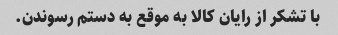
با تشکر از رایان کالا به موقع به دستم رسوندن.